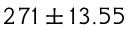
2 7 1 \pm 1 3 . 5 5